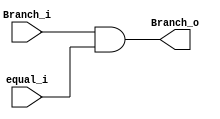
module Branch(
    input     Branch_i,
    input     equal_i,
    output    Branch_o
);

reg    Branch_o;
always @* begin
    Branch_o = Branch_i & equal_i;
end

endmodule